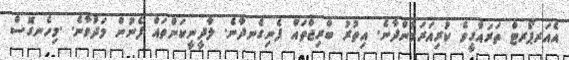
އެއަރޕޯރޓް ތަރައްގީވެ ކުރިއަރަމުންދާނެ. އިތުރު ބްރިޖްތައަް ފެނިގެނދާނެ. ލާދީނީކަންތައް ފެނުން މަދުވާނެ. .މިހެނގޮސް